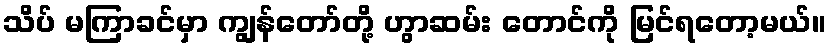
သိပ် မကြာခင်မှာ ကျွန်တော်တို့ ဟွာဆမ်း တောင်ကို မြင်ရတော့မယ်။